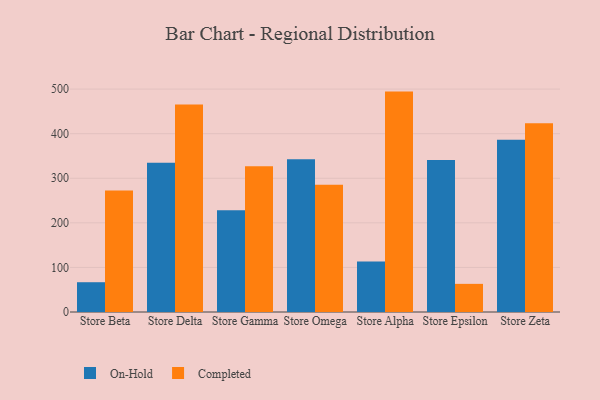
{"axis": {"x": "Store", "y": "Demand Index"}, "legend": ["Completed", "On-Hold"], "data": [{"x": "Store Beta", "y": 66.8, "type": "On-Hold"}, {"x": "Store Beta", "y": 272.7, "type": "Completed"}, {"x": "Store Delta", "y": 334.6, "type": "On-Hold"}, {"x": "Store Delta", "y": 465.7, "type": "Completed"}, {"x": "Store Gamma", "y": 228.0, "type": "On-Hold"}, {"x": "Store Gamma", "y": 326.8, "type": "Completed"}, {"x": "Store Omega", "y": 342.8, "type": "On-Hold"}, {"x": "Store Omega", "y": 285.5, "type": "Completed"}, {"x": "Store Alpha", "y": 113.2, "type": "On-Hold"}, {"x": "Store Alpha", "y": 494.4, "type": "Completed"}, {"x": "Store Epsilon", "y": 341.0, "type": "On-Hold"}, {"x": "Store Epsilon", "y": 63.1, "type": "Completed"}, {"x": "Store Zeta", "y": 386.4, "type": "On-Hold"}, {"x": "Store Zeta", "y": 423.4, "type": "Completed"}]}